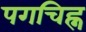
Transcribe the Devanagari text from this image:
पगचिह्न